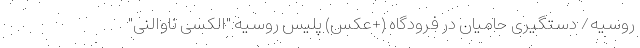
روسیه/ دستگیری حامیان در فرودگاه (+عکس) پلیس روسیه "الکسی ناوالنی"